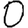
Digit: 0